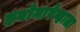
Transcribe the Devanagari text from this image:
झ्वोनारेव्हाला